Lunatic asylums Central Provinces reports 1910-1926 - 1910-1926
Year: 1910
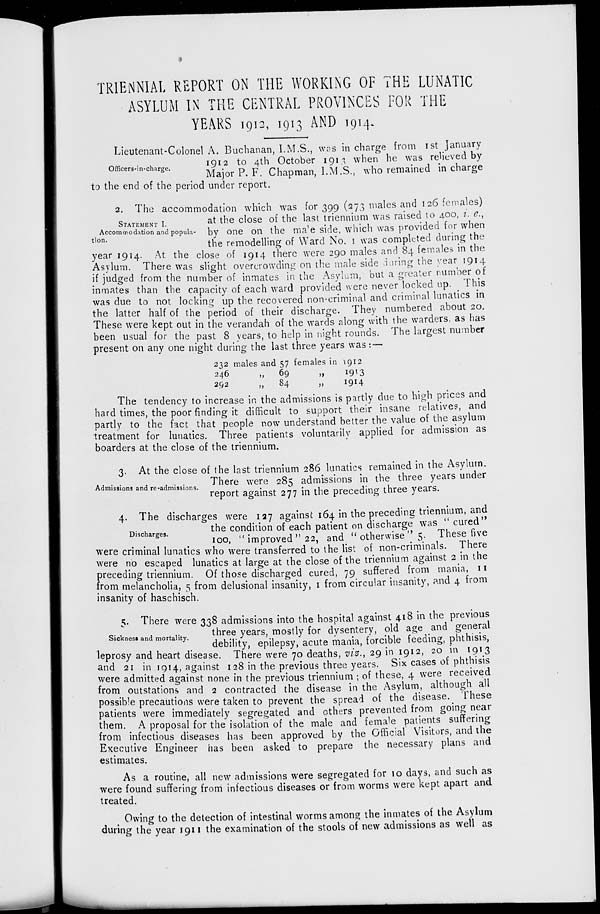
TRIENNIAL REPORT ON THE WORKING OF THE LUNATIC
ASYLUM IN THE CENTRAL PROVINCES FOR THE
YEARS 1912, 1913 AND 1914.
Officers-in-charge.
Lieutenant-Colonel A. Buchanan, I.M.S., was in charge from 1st January
1912 to 4th October 1913 when he was relieved by
Major P. F. Chapman, I.M.S., who remained in charge
to the end of the period under report.
STATEMENT I.
Accommodation and popula-
tion.
2. The accommodation which was for 399 (273 males and 126 females)
at the close of the last triennium was raised to 400, i. c.,
by one on the male side, which was provided for when
the remodelling of Ward No. I was completed during the
year 1914. At the close of 1914 there were 290 males and 84 females in the
Asylum. There was slight overcrowding on the male side during the year 1914
if judged from the number of inmates in the Asylum, but a greater number of
inmates than the capacity of each ward provided were never locked up. This
was due to not locking up the recovered non-criminal and criminal lunatics in
the latter half of the period of their discharge. They numbered about 20.
These were kept out in the verandah of the wards along with the warders, as has
been usual for the past 8 years, to help in night rounds. The largest number
present on any one night during the last three years was: —
232
246
292
males and 57
„ 69
„ 84
females in 1912
„
1913
„
1914
The tendency to increase in the admissions is partly due to high prices and
hard times, the poor finding it difficult to support their insane relatives, and
partly to the fact that people now understand better the value of the asylum
treatment for lunatics. Three patients voluntarily applied for admission as
boarders at the close of the triennium.
Admissions and re-admissions.
3. At the close of the last triennium 286 lunatics remained in the Asylum.
There were 285 admissions in the three years under
report against 277 in the preceding three years.
Discharges.
4. The discharges were 127 against 164 in the preceding triennium, and
the condition of each patient on discharge was " cured"
100, " improved " 22, and " otherwise " 5. These five
were criminal lunatics who were transferred to the list of non-criminals. There
were no escaped lunatics at large at the close of the triennium against 2 in the
preceding triennium. Of those discharged cured, 79 suffered from mania, 11
from melancholia, 5 from delusional insanity, 1 from circular insanity, and 4 from
insanity of haschisch.
Sickness and mortality.
5. There were 338 admissions into the hospital against 418 in the previous
three years, mostly for dysentery, old age and general
debility, epilepsy, acute mania, forcible feeding, phthisis,
leprosy and heart disease. There were 70 deaths, vis., 29 in 1912, 20 in 1913
and 21 in 1914, against 128 in the previous three years. Six cases of phthisis
were admitted against none in the previous triennium ; of these, 4 were received
from outstations and 2 contracted the disease in the Asylum, although all
possible precautions were taken to prevent the spread of the disease. These
patients were immediately segregated and others prevented from going near
them. A proposal for the isolation of the male and female patients suffering
from infectious diseases has been approved by the Official Visitors, and the
Executive Engineer has been asked to prepare the necessary plans and
estimates.
As a routine, all new admissions were segregated for 10 days, and such as
were found suffering from infectious diseases or from worms were kept apart and
treated.
Owing to the detection of intestinal worms among the inmates of the Asylum
during the year 1911 the examination of the stools of new admissions as well as